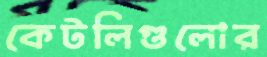
কেটলিগুলোর